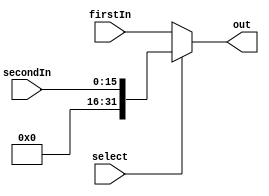
`timescale 1ns / 1ps
//////////////////////////////////////////////////////////////////////////////////
// Company: 
// Engineer: 
// 
// Design Name: 
// Module Name: 2to1_mux
// Project Name: 
// Target Devices: 
// Tool Versions: 
// Description: 
// 
// Dependencies: 
// 
// Revision:
// Revision 0.01 - File Created
// Additional Comments:
// 
//////////////////////////////////////////////////////////////////////////////////


module two_to_one_mux(
    input [31:0] firstIn,
    input [15:0] secondIn,
    input       select,
    output [31:0] out
    );
    
    assign out = (select) ? {16'b0, secondIn} : firstIn;
    
endmodule